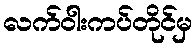
လက်ဝါးကပ်တိုင်မှ